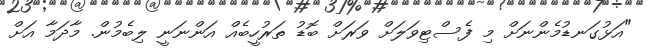
"އަޅުގަނޑުމެންނަށް މި ފެސްޓިވަލަށް ވަރަށް ބޮޑު ތަރުހީބެއް އަންނަނީ ލިބެމުން. މާދަމާ އަށް